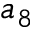
a _ { 8 }